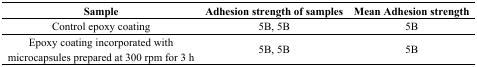
| Sample | Adhesion strength of samples | Mean Adhesion strength |
 | --- | --- | --- |
 | Control epoxy coating | 5B, 5B | 5B |
 | Epoxy coating incorporated with microcapsules prepared at 300 rpm for 3 h | 5B, 5B | 5B |